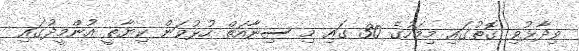
ވިދާޅުވި ގޮތުގައި މިމަހުގެ 30 ގައި މި ސިނާއަތް ހުޅުވަން ކިޔާތީ އުންމީދުގައި